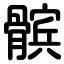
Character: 髌